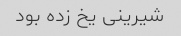
شیرینی یخ زده بود